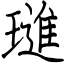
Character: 璡